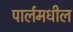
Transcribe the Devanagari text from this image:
पार्लमधील